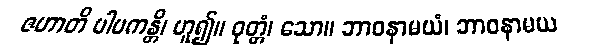
ဇဟာတိ ပါပကန္တိ၊ ဟူ၍။ ဝုတ္တံ၊ သော။ ဘာဝနာမယံ၊ ဘာဝနာမယ